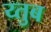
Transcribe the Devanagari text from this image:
य्तुब